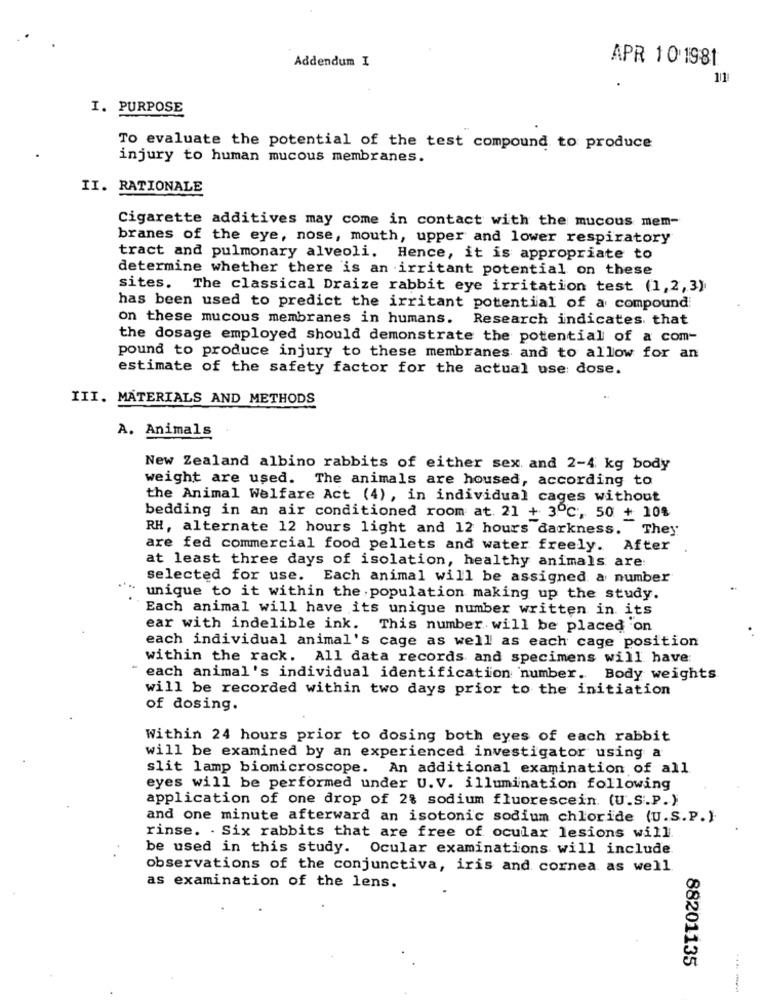
Addendum I
APR 10 1981
11
I. PURPOSE
To evaluate the potential of the test compound to produce
injury to human mucous membranes.
II. RATIONALE
Cigarette additives may come in contact with the mucous mem-
branes of the eye, nose, mouth, upper and lower respiratory
tract and pulmonary alveoli. Hence, it is appropriate to
determine whether there is an irritant potential on these
sites. The classical Draize rabbit eye irritation test (1,2,3)
has been used to predict the irritant potential of a compound
on these mucous membranes in humans.
Research indicates that
the dosage employed should demonstrate the potential of a com-
pound to produce injury to these membranes and to allow for an
estimate of the safety factor for the actual use: dose.
III. MATERIALS AND METHODS
A. Animals
New Zealand albino rabbits of either sex. and 2-4 kg body
weight are used. The animals are housed, according to
the Animal Welfare Act (4), in individual cages without
bedding in an air conditioned room at. 21 + 3ºc, 50 + 10%
RH, alternate 12 hours light and 12 hours darkness. They
are fed commercial food pellets and water freely. After
at least three days of isolation, healthy animals are:
selected for use. Each animal will be assigned a number
unique to it within the population making up the study.
Each animal will have its unique number written in its
ear with indelible ink. This number will be placed on
each individual animal's cage as well as each cage position
within the rack. All data records and specimens will have:
each animal's individual identification number. Body weights
will be recorded within two days prior to the initiation
of dosing.
Within 24 hours prior to dosing both eyes of each rabbit
will be examined by an experienced investigator using a
slit lamp biomicroscope. An additional examination of all
eyes will be performed under U.V. illumination following
application of one drop of 2% sodium fluorescein. (U.S.P.)
and one minute afterward an isotonic sodium chloride (U.S.P.)
rinse. . Six rabbits that are free of ocular lesions will
be used in this study. Ocular examinations will include.
observations of the conjunctiva, iris and cornea as well
as examination of the lens.
88201135